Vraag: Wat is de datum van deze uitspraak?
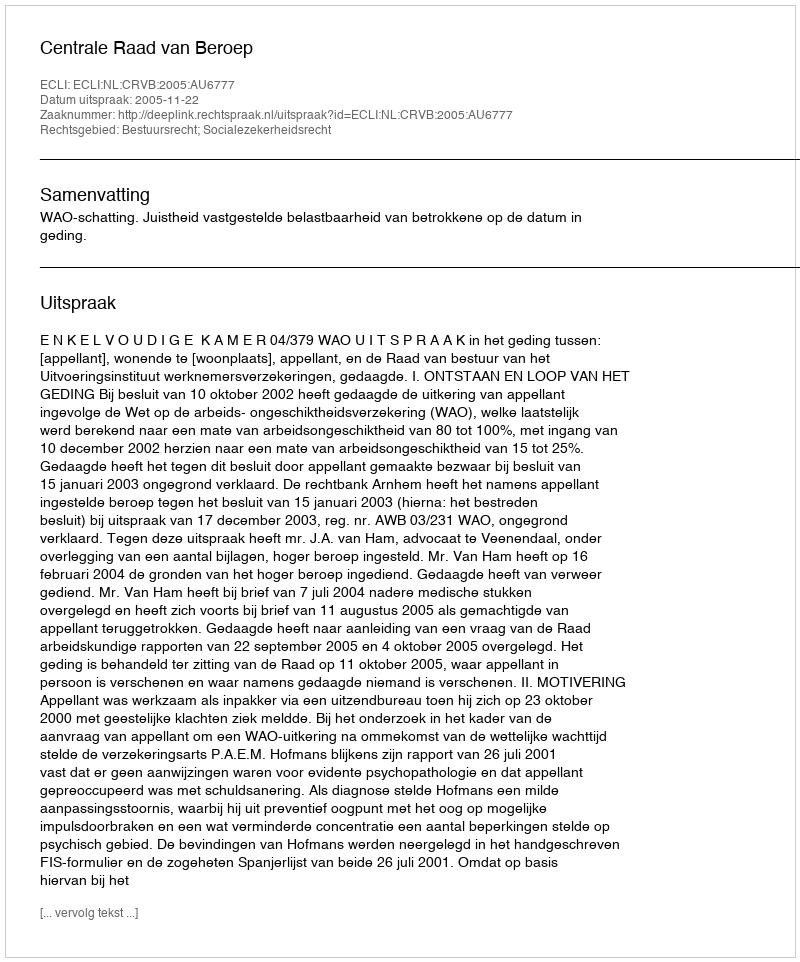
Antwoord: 2005-11-22